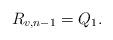
LaTeX: \begin{align*} R_{v,n-1}=Q_1.\end{align*}